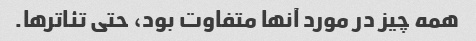
همه چیز در مورد آنها متفاوت بود، حتی تئاترها.